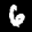
Label: 6